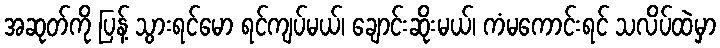
အဆုတ်ကို ပြန့် သွားရင်မော ရင်ကျပ်မယ်၊ ချောင်းဆိုးမယ်၊ ကံမကောင်းရင် သလိပ်ထဲမှာ